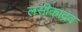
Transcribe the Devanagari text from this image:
लसीकाद्रव